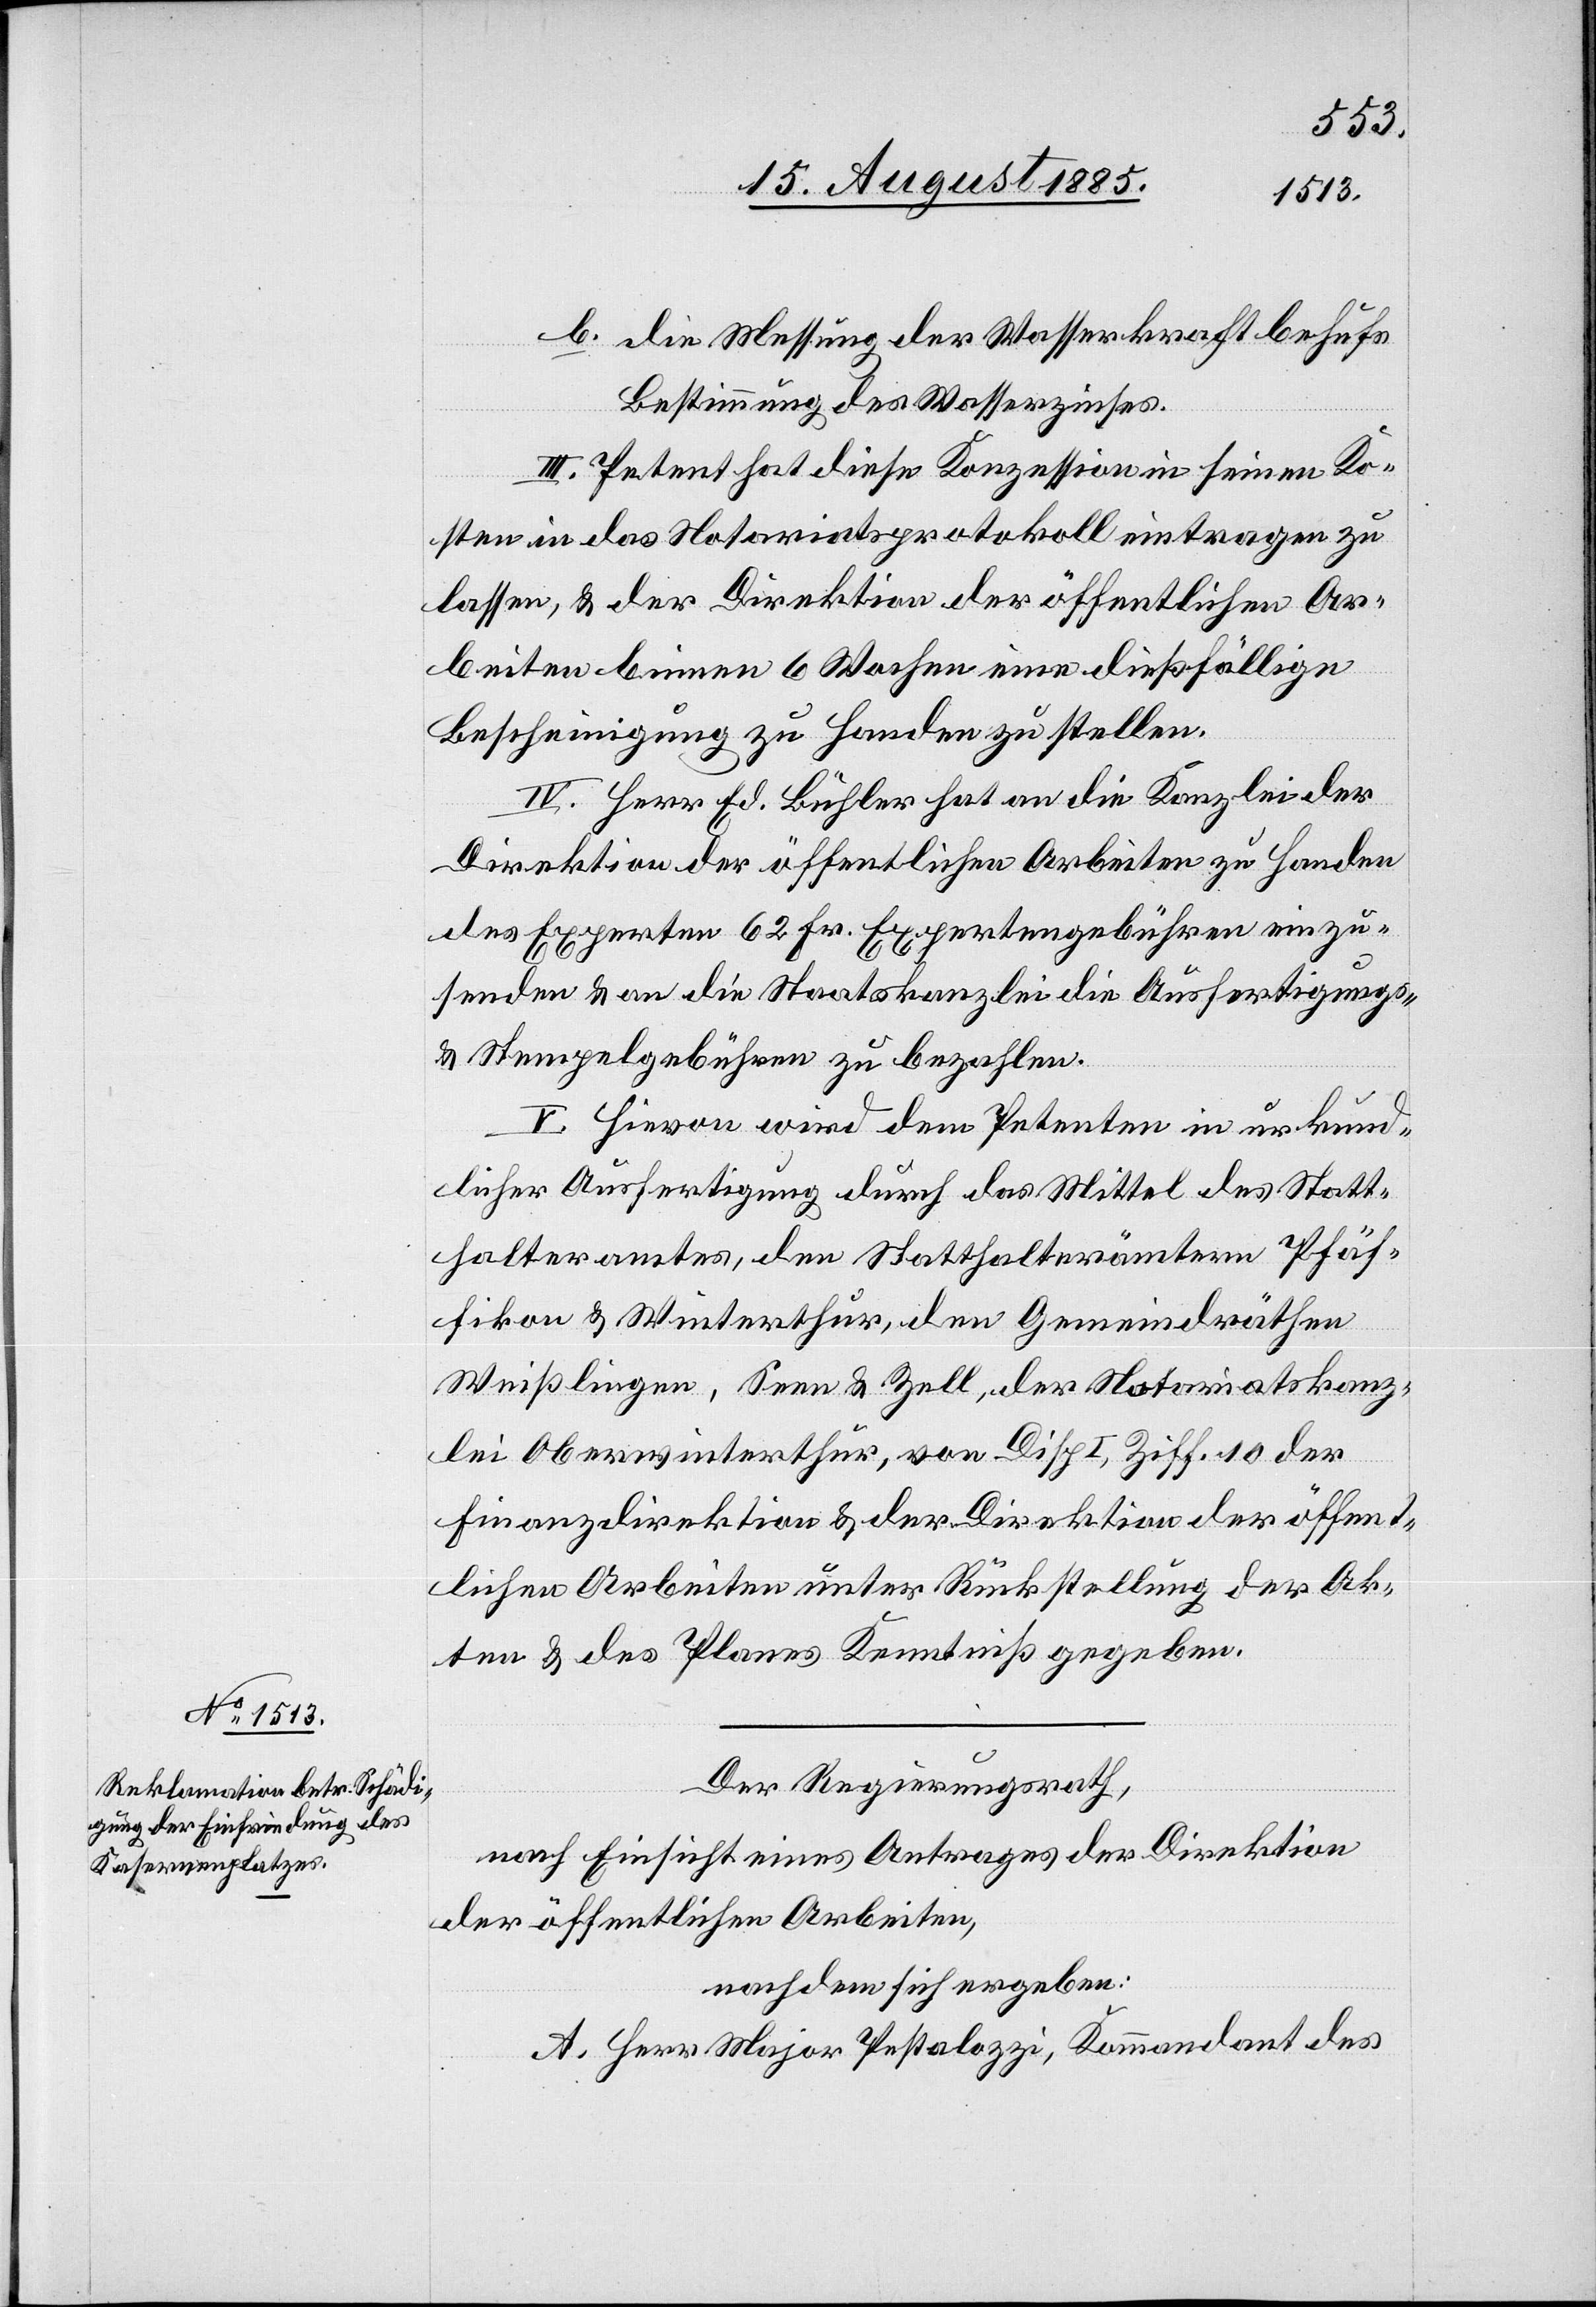
b. die Messung der Wasserkraft behufs
Bestimmung des Wasserzinses.
III. Petent hat diese Konzession in seinen Ko¬
sten in das Notariatsprotokoll eintragen zu
lassen, & der Direktion der öffentlichen Ar¬
beiten binnen 6 Wochen einen dießfällige
Bescheinigung zu Handen zu stellen.
IV. Herr Ed. Bühler hat an die Kanzlei der
Direktion der öffentlichen Arbeiten zu Handen
des Experten 62 Fr. Expertengebühren einzu¬
senden & an die Staatskanzlei die Ausfertigungs-
& Stempelgebühren zu bezahlen.
V. Hievon wird dem Petenten in urkund¬
licher Ausfertigung durch das Mittel des Statt¬
halteramtes, den Statthalterämtern Pfäf¬
fikon & Winterthur, den Gemeindräthen
Weißlingen, Seen & Zell, der Notariatskanz¬
lei Oberwinterthur, von Disp. I, Ziff. 10 der
Finanzdirektion & der Direktion der öffent¬
lichen Arbeiten unter Rückstellung der Ak¬
ten & des Planes Kenntniß gegeben.
Der Regierungsrath,
nach Einsicht eines Antrages der Direktion
der öffentlichen Arbeiten,
nachdem sich ergeben:
A. Herr Major Pestalozzi, Kommandant des